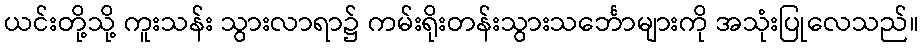
ယင်းတို့သို့ ကူးသန်း သွားလာရာ၌ ကမ်းရိုးတန်းသွားသင်္ဘောများကို အသုံးပြုလေသည်။